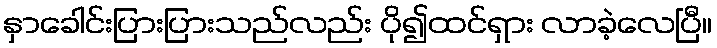
နှာခေါင်းပြားပြားသည်လည်း ပို၍ထင်ရှား လာခဲ့လေပြီ။